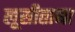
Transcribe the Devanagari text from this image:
लूसीताना